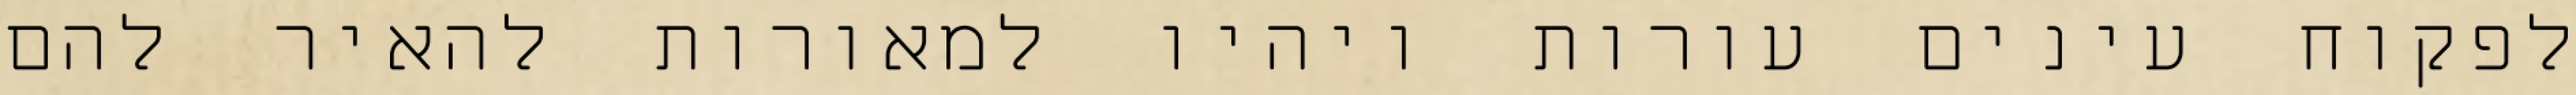
לפקוח עינים עורות ויהיו למאורות להאיר להם